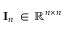
\mathbf { I } _ { n } \, \in \, \mathbb { R } ^ { n \times n }